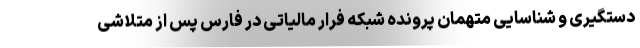
دستگیری و شناسایی متهمان پرونده شبکه فرار مالیاتی در فارس پس از متلاشی